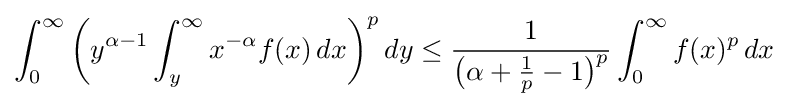
\int _{0}^{\infty }{\biggl (}y^{\alpha -1}\int _{y}^{\infty }x^{-\alpha }f(x)\,dx{\biggr )}^{p}\,dy\leq {\frac {1}{{\bigl (}\alpha +{\frac {1}{p}}-1{\bigr )}^{p}}}\int _{0}^{\infty }f(x)^{p}\,dx